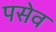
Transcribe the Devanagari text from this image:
पसेव